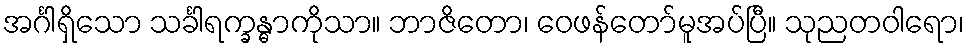
အင်္ဂါရှိသော သင်္ခါရက္ခန္ဓာကိုသာ။ ဘာဇိတော၊ ဝေဖန်တော်မူအပ်ပြီ။ သုညတဝါရော၊